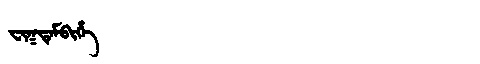
Manchu: ᠸᡳᡴᡨᡝᠮᠪᡳᡥᡝ
Romanization: FIKTEMBIHE